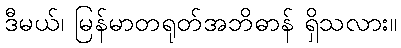
ဒီမယ်၊ မြန်မာတရုတ်အဘိဓာန် ရှိသလား။